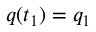
q ( t _ { 1 } ) = q _ { 1 }